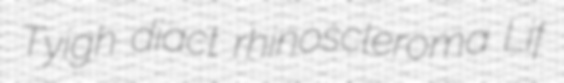
Tyigh diact rhinoscleroma Lif